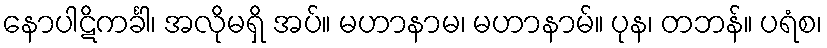
နောပါဋိကင်္ခါ၊ အလိုမရှိ အပ်။ မဟာနာမ၊ မဟာနာမ်။ ပုန၊ တဘန်။ ပရံစ၊